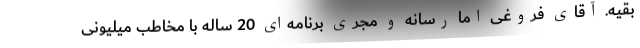
بقیه. آقای فروغی اما رسانه و مجری برنامه‌ای 20 ساله با مخاطب میلیونی